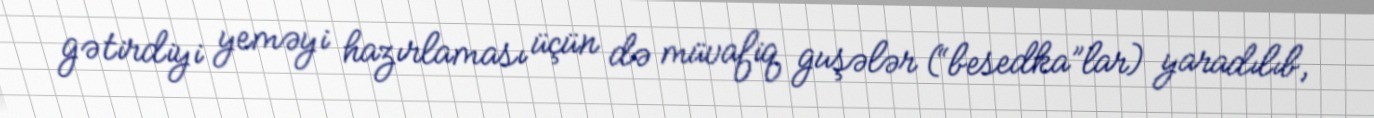
gətirdiyi yeməyi hazırlaması üçün də müvafiq guşələr (“besedka”lar) yaradılıb,